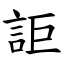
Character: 詎